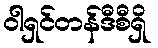
ဝါရှင်တန်ဒီစီရှိ